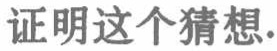
证明这个猜想.